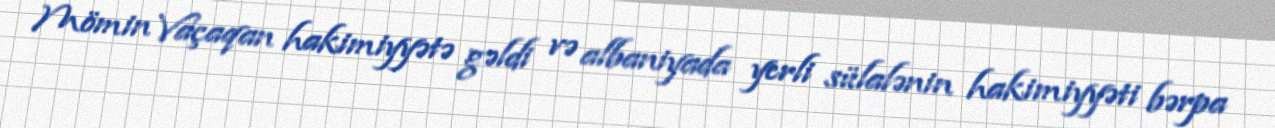
Mömin Vaçaqan hakimiyyətə gəldi və albaniyada yerli sülalənin hakimiyyəti bərpa